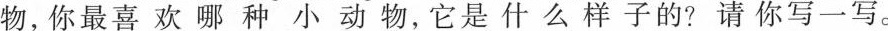
物，你最喜欢哪种小动物，它是什么样子的？请你写一写。